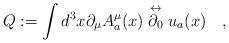
LaTeX: \begin{align*}Q:=\int d^3x \partial_\mu A^\mu_a (x) \stackrel{\leftrightarrow}{\partial_0} u_a(x) \quad ,\end{align*}